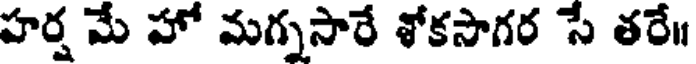
హర్ష మే హో మగ్నసారే శోకసాగర సే తరే॥